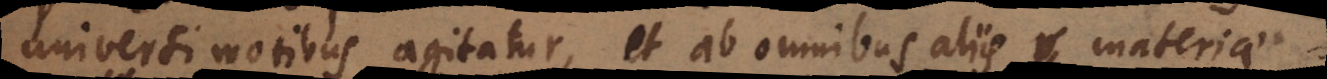
universi motibus agitatur, et ab omnibus aliis materiae